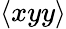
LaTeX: \langle xyy\rangle